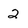
Character: 2